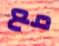
مع